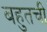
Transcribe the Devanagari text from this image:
बहुतची